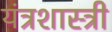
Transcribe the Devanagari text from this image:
यंत्रशास्त्री